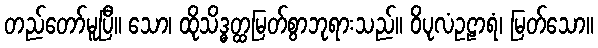
တည်တော်မူပြီ။ သော၊ ထိုသိဒ္ဓတ္ထမြတ်စွာဘုရားသည်။ ဝိပုလံဥဠာရံ၊ မြတ်သော။